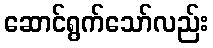
ဆောင်ရွက်သော်လည်း